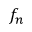
f _ { n }